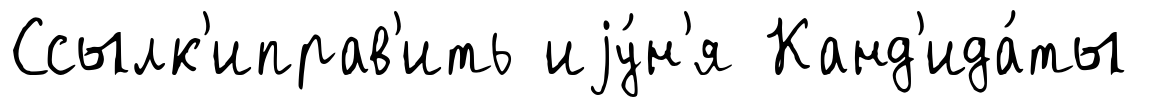
Ссылк'иправ'ить иjу́н'я Канд'ида́ты